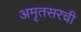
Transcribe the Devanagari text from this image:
अमृतसरची